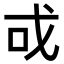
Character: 戓